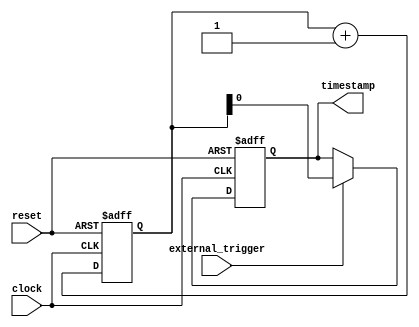
module Timing_Control_Synchronization(
  input wire clock,
  input wire reset,
  input wire external_trigger,
  output reg timestamp
);

reg [31:0] timer_count;

always @(posedge clock or posedge reset) begin
  if (reset) begin
    timer_count <= 0;
    timestamp <= 0;
  end
  else begin
    if (external_trigger) begin
      timestamp <= timer_count;
    end
    timer_count <= timer_count + 1;
  end
end

endmodule